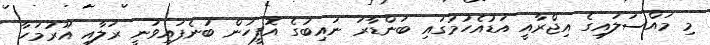
މި މައްސަލައިގެ އިޖްރާއީ އަޑުއެހުމުގައި ބަންޑާރަ ނައިބުގެ އޮފީހުން ބުނެފައިވަނީ ރަލާއި އޫރުމަހާ